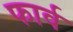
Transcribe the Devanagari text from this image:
फार्व